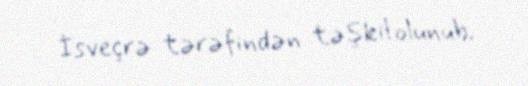
İsveçrə tərəfindən təşkil olunub.